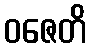
ဝဇေတိ